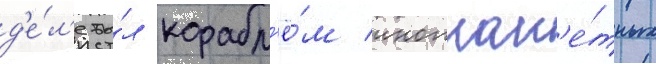
д'е́л'е бы́л корабл'ё́м иноплан'е́тных